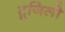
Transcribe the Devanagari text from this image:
टूजिलो